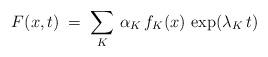
LaTeX: \begin{align*}F(x,t) \;=\; \sum_K \, \alpha_K \, f_K(x) \, \exp(\lambda_K \, t)\end{align*}